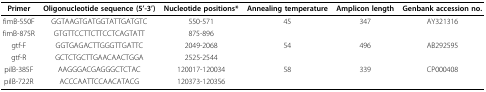
<table><thead><tr><td><b>Primer</b></td><td><b>Oligonucleotide sequence (5&#x27;-3&#x27;)</b></td><td><b>Nucleotide positions*</b></td><td><b>Annealing temperature</b></td><td><b>Amplicon length</b></td><td><b>Genbank accession no.</b></td></tr></thead><tbody><tr><td>fimB-550F</td><td>GGTAAGTGATGGTATTGATGTC</td><td>550-571</td><td>45</td><td>347</td><td>AY321316</td></tr><tr><td>fimB-875R</td><td>GTGTTCCTTCTTCCTCAGTATT</td><td>875-896</td><td></td><td></td><td></td></tr><tr><td>gtf-F</td><td>GGTGAGACTTGGGTTGATTC</td><td>2049-2068</td><td>54</td><td>496</td><td>AB292595</td></tr><tr><td>gtf-R</td><td>GCTCTGCTTGAACAACTGGA</td><td>2525-2544</td><td></td><td></td><td></td></tr><tr><td>pilB-385F</td><td>AAGGGACGAGGGCTCTAC</td><td>120017-120034</td><td>58</td><td>339</td><td>CP000408</td></tr><tr><td>pilB-722R</td><td>ACCCAATTCCAACATACG</td><td>120373-120356</td><td></td><td></td><td></td></tr></tbody></table>